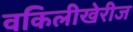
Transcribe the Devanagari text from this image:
वकिलीखेरीज